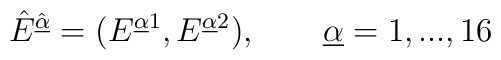
\hat{E}^{\hat{\underline{\alpha}}} =(E^{\underline{\alpha}1} , E^{{\underline{\alpha}}2}), \qquad{\underline{\alpha}}=1,...,16